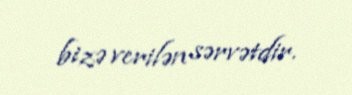
bizə verilən sərvətdir.